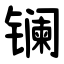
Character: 镧